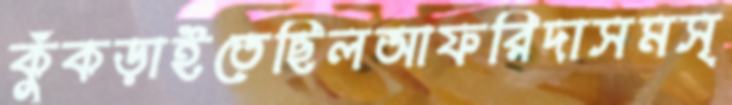
কুঁকড়াইতেছিলআফরিদাসমস্